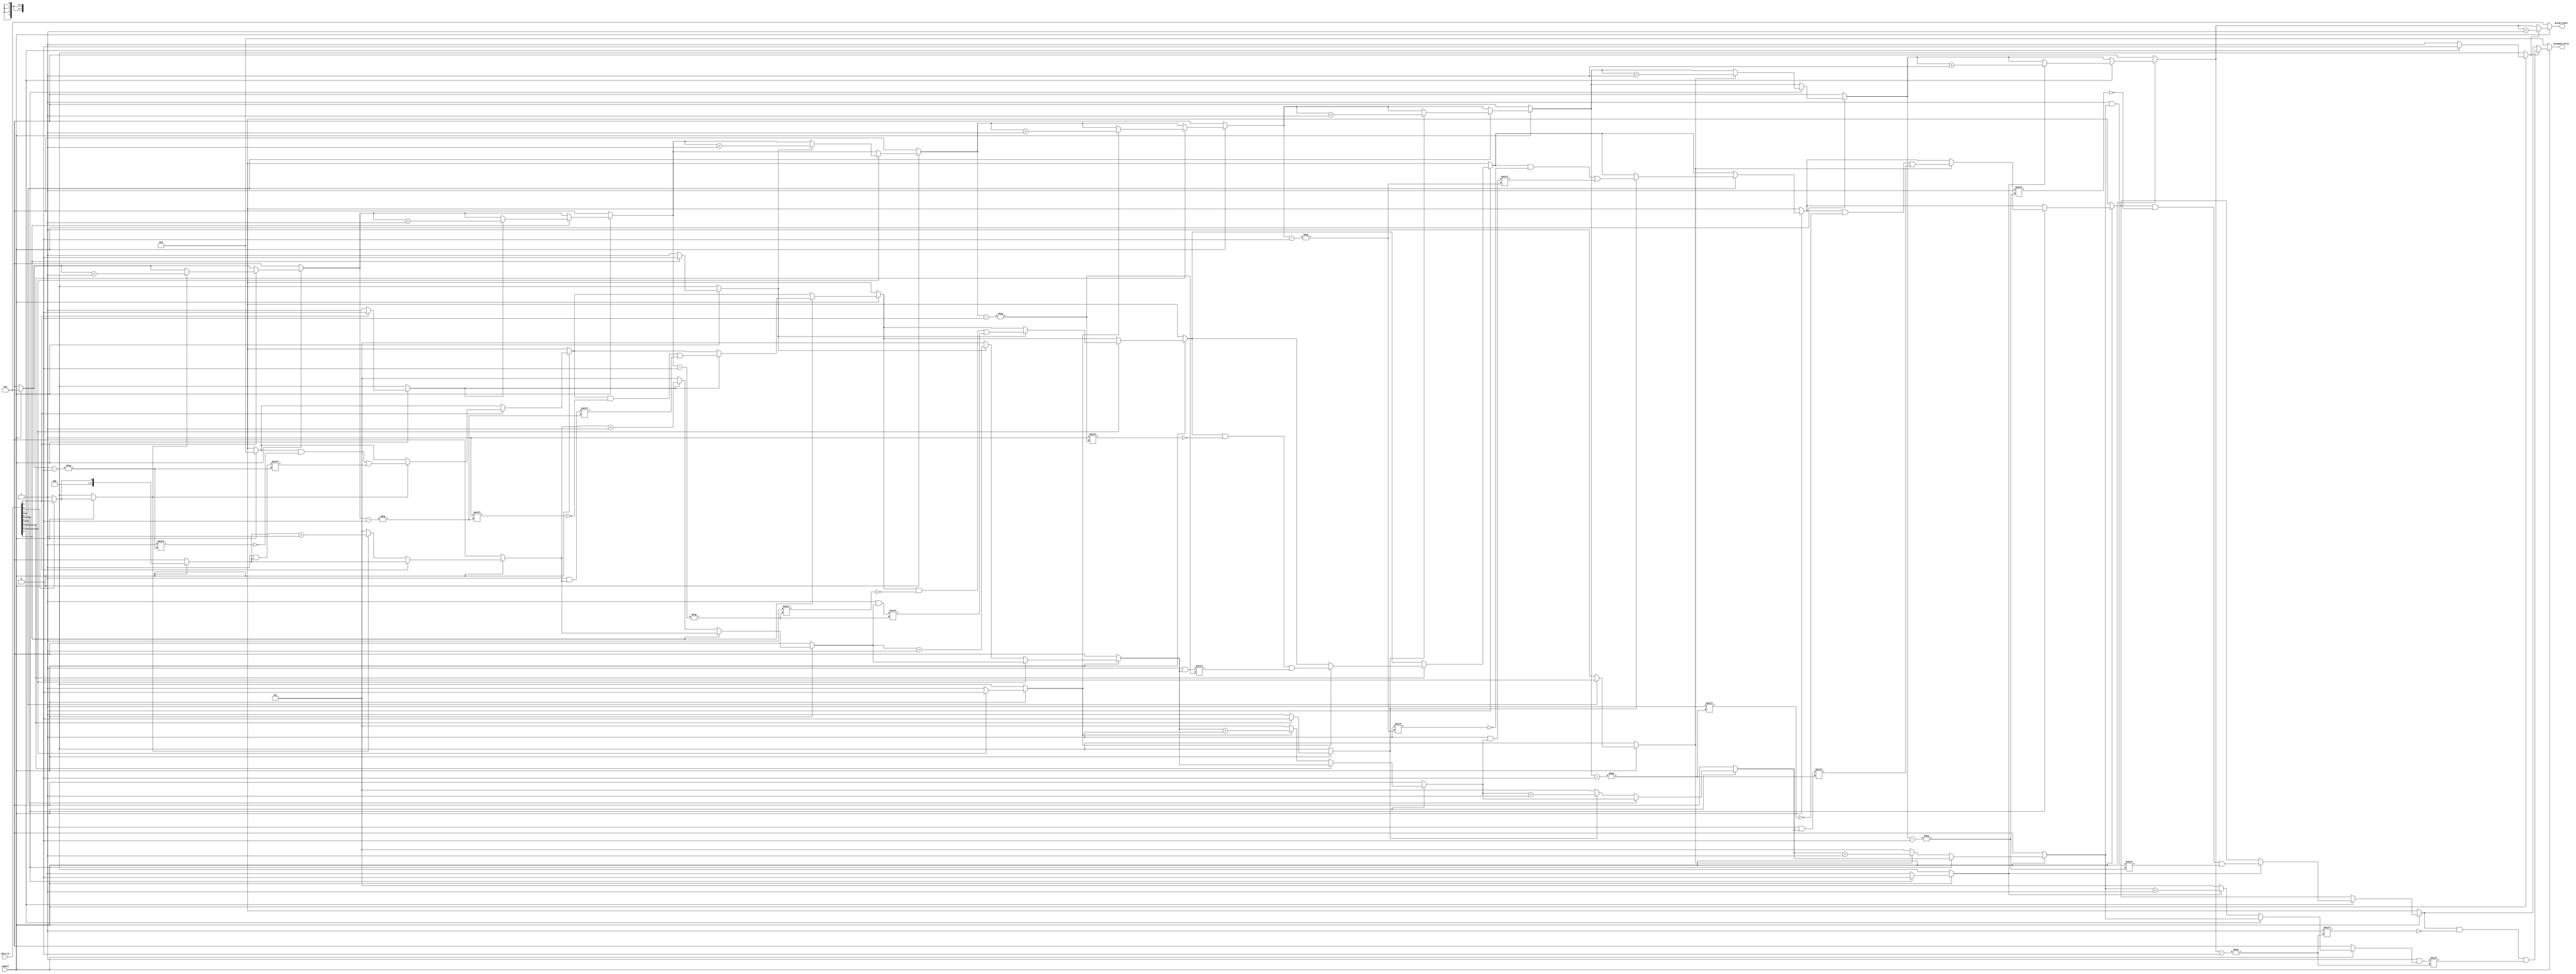
module GroupingOfZeros #(
    parameter N = 8,  // Width of the input signal
    parameter M = N   // Maximum possible output width (lengths of zeros)
)(
    input wire [N-1:0] data_in,  // Binary input vector
    input wire enable,             // Control signal to enable grouping
    output reg [M-1:0] grouped_zeros, // Output for lengths of zero groups
    output reg [3:0] group_count   // Count of zero groups
);

    integer i;
    reg [3:0] zero_length; // Temporary storage for the length of current zero group
    reg in_zero_group;      // State to track if currently in a zero group

    always @(*) begin
        // Initialize outputs
        grouped_zeros = 0;
        group_count = 0;
        zero_length = 0;
        in_zero_group = 0;

        if (enable) begin
            for (i = 0; i < N; i = i + 1) begin
                if (data_in[i] == 0) begin
                    if (!in_zero_group) begin
                        // Starting a new zero group
                        in_zero_group = 1;
                        zero_length = 1; // Start counting
                    end else begin
                        // Continuing the current zero group
                        zero_length = zero_length + 1;
                    end
                end else begin
                    if (in_zero_group) begin
                        // Ending the current zero group
                        grouped_zeros[group_count] = zero_length; // Store the length
                        group_count = group_count + 1; // Increment group count
                        in_zero_group = 0; // Reset zero group state
                    end
                end
            end

            // Handle case where input ends with a zero group
            if (in_zero_group) begin
                grouped_zeros[group_count] = zero_length; // Store the length
                group_count = group_count + 1; // Increment group count
            end
        end
    end
endmodule